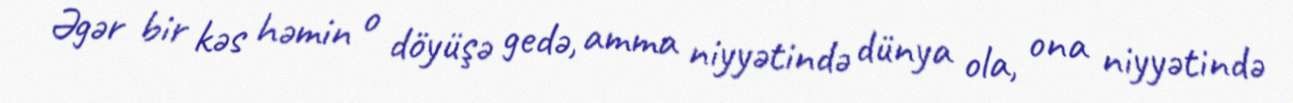
Əgər bir kəs həmin o döyüşə gedə, amma niyyətində dünya ola, ona niyyətində